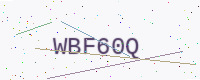
Text: WBF60Q